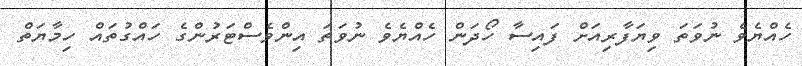
ހެއްޔެވެ ނުވަތަ ވިޔަފާރިއަށް ފައިސާ ހޯދަން ހެއްޔެވެ ނުވަތަ އިންވެސްޓަރުންގެ ހައްގުތައް ހިމާޔަތް